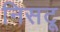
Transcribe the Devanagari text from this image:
निसटू